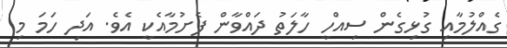
ގެއްލުމާއި ގުޅިގެން ސިއްހީ ހާލަތު ދައްވާން ފެށުމާއެކީ އެވެ. އަދި ހަމަ މި